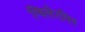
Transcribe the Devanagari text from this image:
ग्विलेरमिन